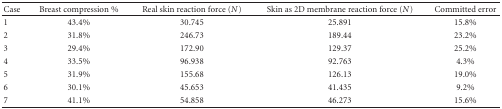
<table><thead><tr><td><b>Case</b></td><td><b>Breast compression %</b></td><td><b>Real skin reaction force (<i>N</i>)</b></td><td><b>Skin as 2D membrane reaction force (<i>N</i>)</b></td><td><b>Committed error</b></td></tr></thead><tbody><tr><td> 1</td><td>43.4%</td><td>30.745</td><td>25.891</td><td>15.8%</td></tr><tr><td> 2</td><td>31.8%</td><td>246.73</td><td>189.44</td><td>23.2%</td></tr><tr><td> 3</td><td>29.4%</td><td>172.90</td><td>129.37</td><td>25.2%</td></tr><tr><td> 4</td><td>33.5%</td><td>96.938</td><td>92.763</td><td>4.3%</td></tr><tr><td> 5</td><td>31.9%</td><td>155.68</td><td>126.13</td><td>19.0%</td></tr><tr><td> 6</td><td>30.1%</td><td>45.653</td><td>41.435</td><td>9.2%</td></tr><tr><td> 7</td><td>41.1%</td><td>54.858</td><td>46.273</td><td>15.6%</td></tr></tbody></table>